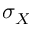
\sigma _ { X }